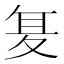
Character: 𭐥